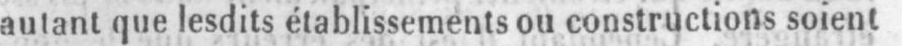
autant que lesdits établissements ou constructions soient